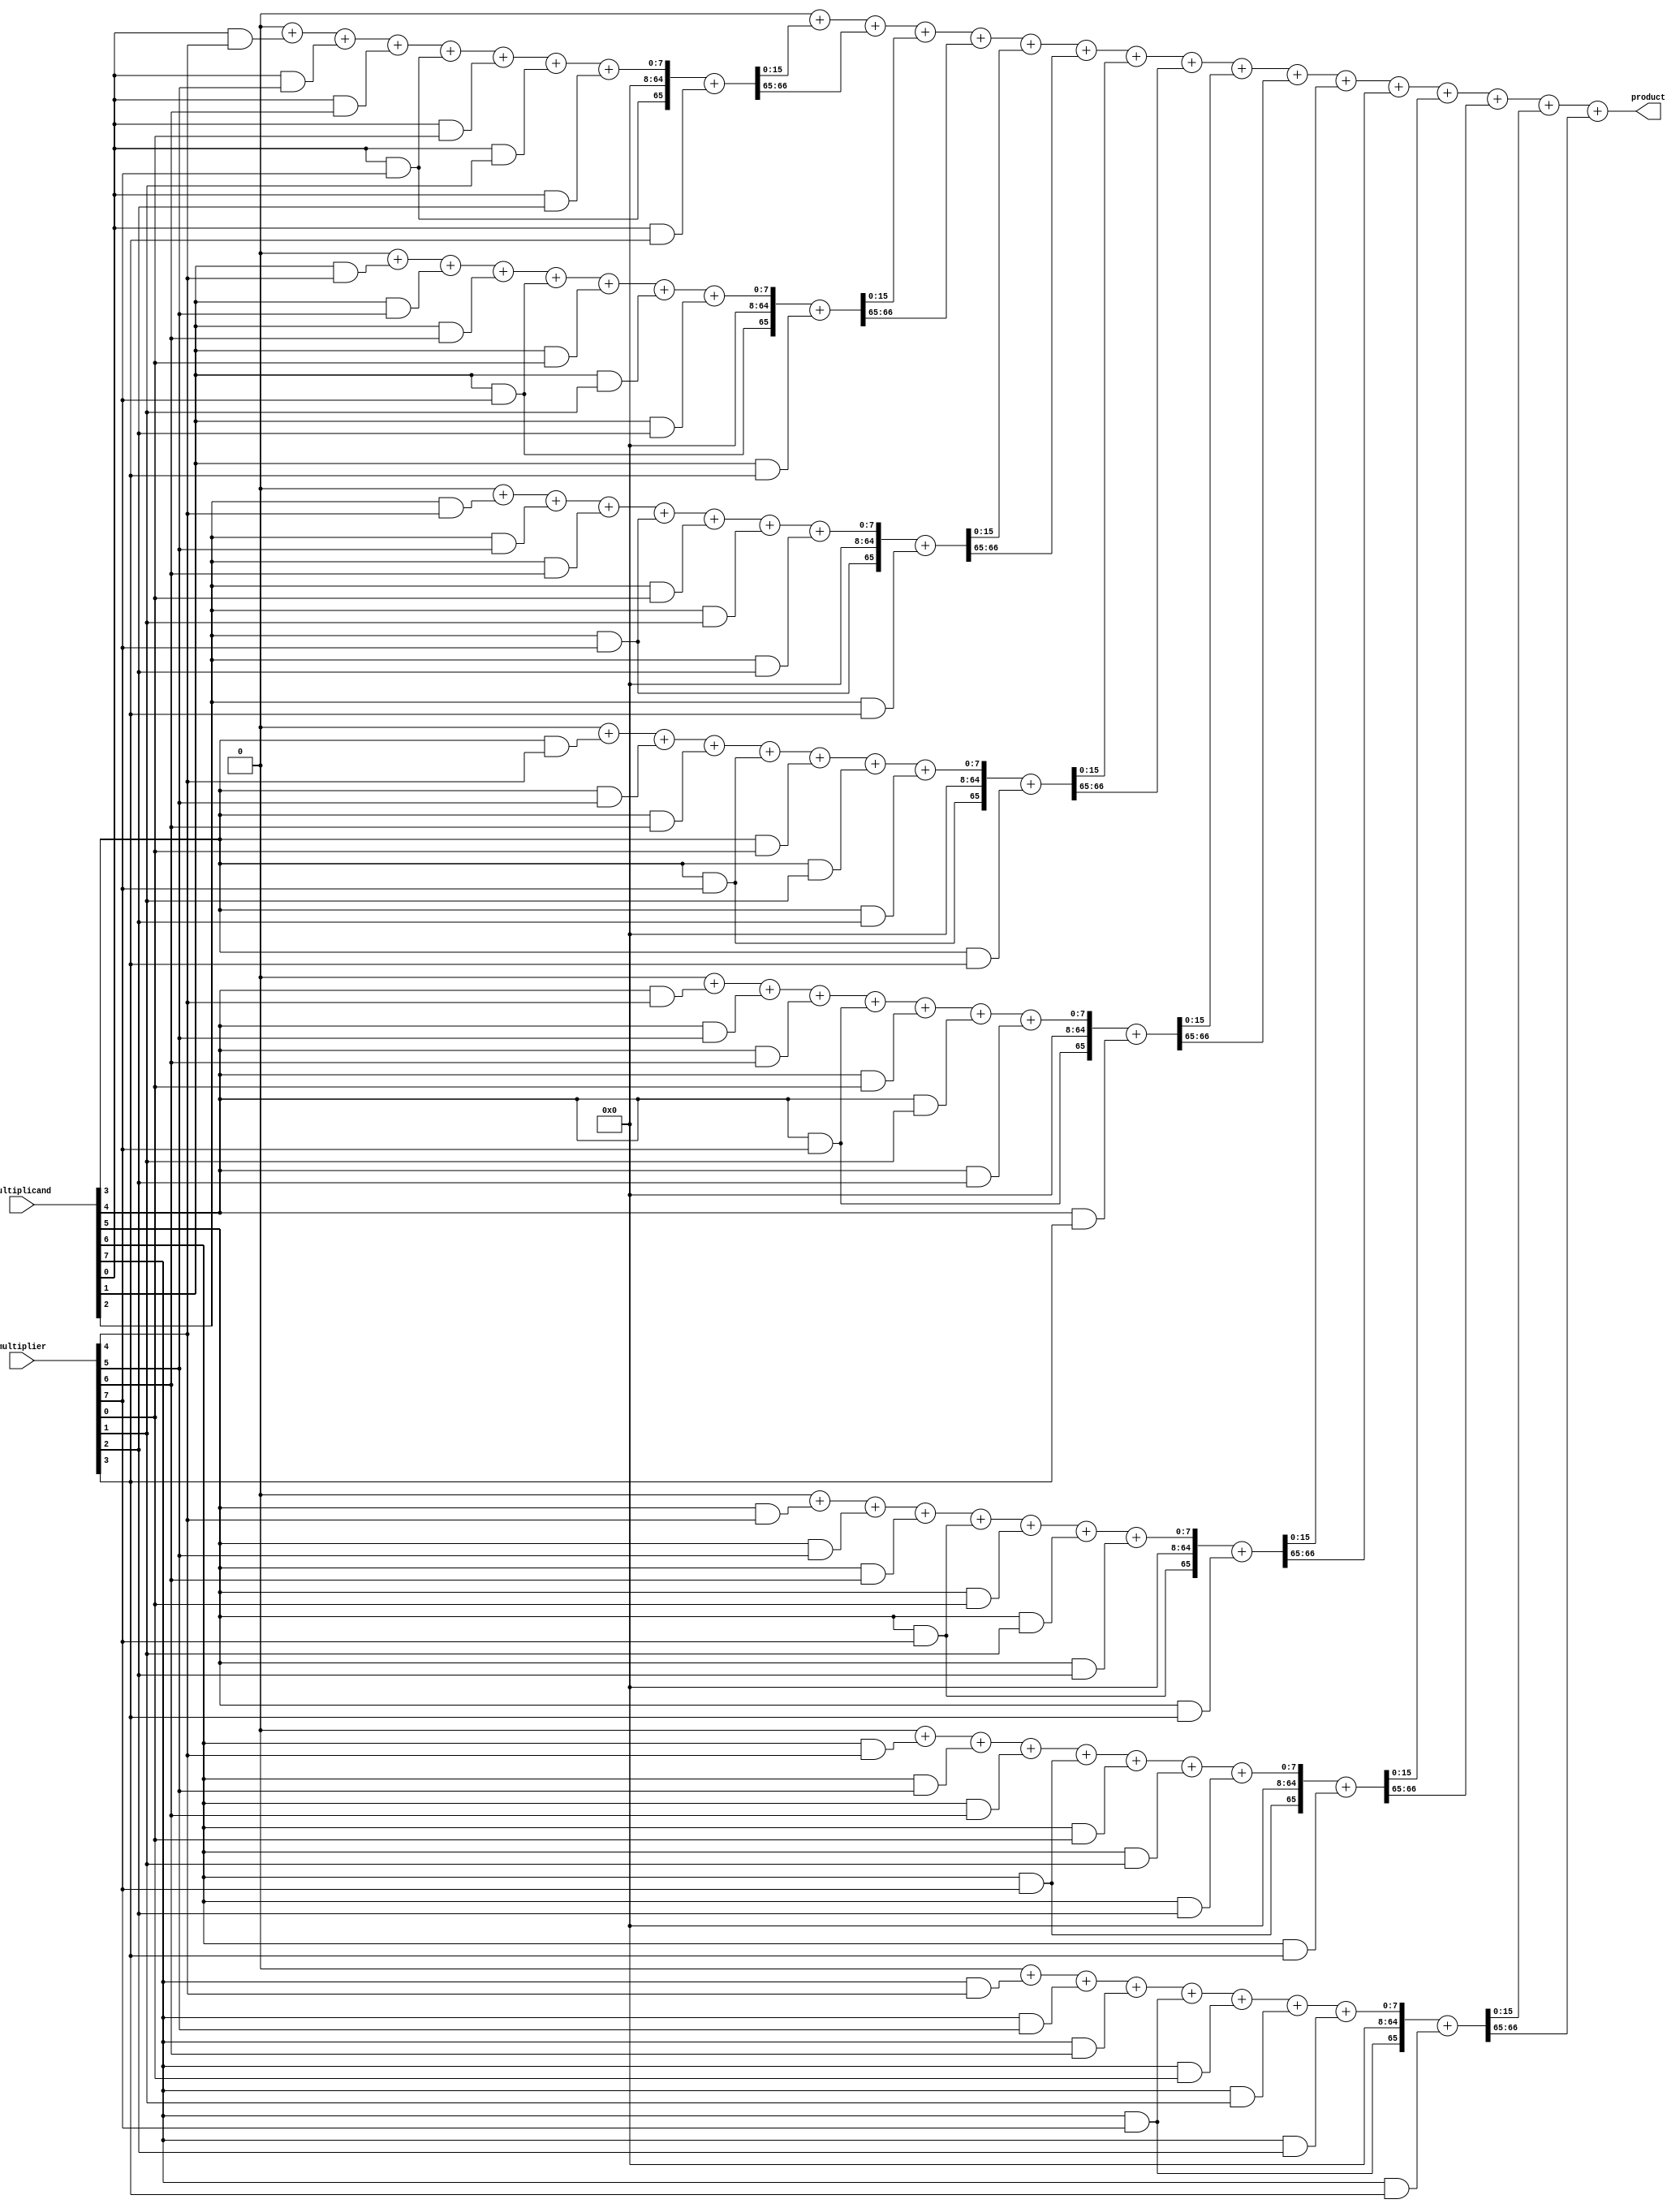
module DaddaMultiplier #(
    parameter M = 8,  // Bit width of multiplicand
    parameter N = 8   // Bit width of multiplier
) (
    input [M-1:0] multiplicand,
    input [N-1:0] multiplier,
    output reg [M+N-1:0] product
);

    // Generate partial products
    reg [M*N-1:0] partial_products [0:M-1];
    integer i, j;

    // Step 1: Generate partial products
    always @(*) begin
        for (i = 0; i < M; i = i + 1) begin
            for (j = 0; j < N; j = j + 1) begin
                partial_products[i][j + (M*N)/2] = multiplicand[i] & multiplier[j]; // Shifted for positioning
            end
        end
    end

    // Step 2: Dadda reduction
    reg [M*N:0] sum [0:M-1];
    reg [M*N:0] carry [0:M-1];

    // Initialize sums and carries
    always @(*) begin
        for (i = 0; i < M; i = i + 1) begin
            sum[i] = 0;
            carry[i] = 0;
        end

        // First stage: Combine pairs of partial products
        for (i = 0; i < M; i = i + 1) begin
            for (j = 0; j < N; j = j + 1) begin
                if (j < (N/2)) begin
                    {carry[i], sum[i]} = {partial_products[i][j + (M*N)/2], sum[i]} + {1'b0, partial_products[i][j + (M*N)/2 + N/2]};
                end else begin
                    {carry[i], sum[i]} = {partial_products[i][j + (M*N)/2], sum[i]} + {1'b0, partial_products[i][j + (M*N)/2 - N/2]};
                end
            end
        end
    end

    // Step 3: Final summation of reduced rows
    always @(*) begin
        product = 0;
        for (i = 0; i < M; i = i + 1) begin
            product = product + sum[i] + carry[i];
        end
    end

endmodule